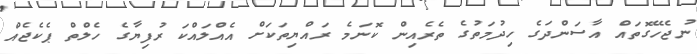
ނުޖެހޭގޮތައް އާސަންދަގެ ހިދުމަތުގެ ތެރެއިން ކޮނަމެ ރައްޔިތަކަށް އެއްލައްކަ ރުފިޔާގެ ހެލްތް ޕެކެޖެއް